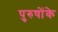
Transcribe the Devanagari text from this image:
पुरुषोंके